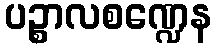
ပဉ္စာလစဏ္ဍေန